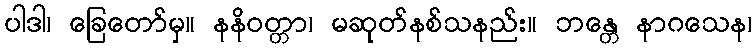
ပါဒါ၊ ခြေတော်မှ။ နနိဝတ္တာ၊ မဆုတ်နစ်သနည်း။ ဘန္တေ နာဂသေန၊